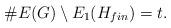
LaTeX: \begin{align*}\#E(G)\setminus E_1(H_{fin}) = t.\end{align*}